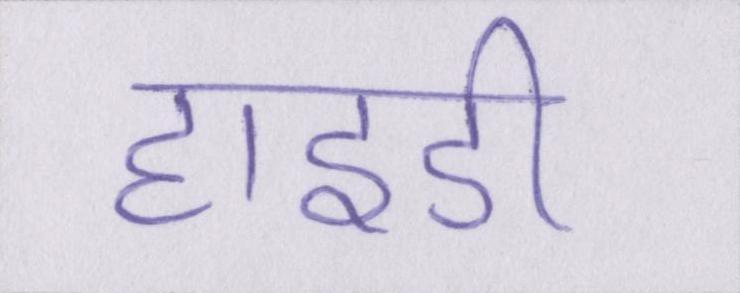
हाइडी